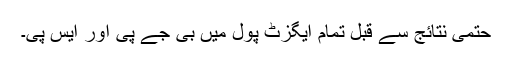
حتمی نتائج سے قبل تمام ایگزٹ پول میں بی جے پی اور ایس پی۔